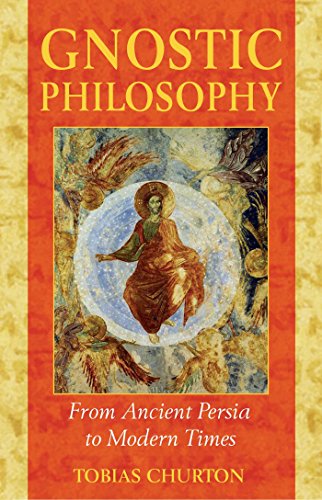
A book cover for Gnostic Philosophy: From Ancient Persia to Modern Times; Tobias Churton; Christian Books & Bibles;